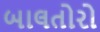
બાલતોરો